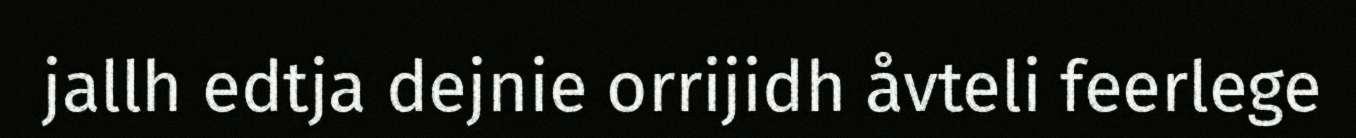
jallh edtja dejnie orrijidh åvteli feerlege